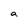
Character: a